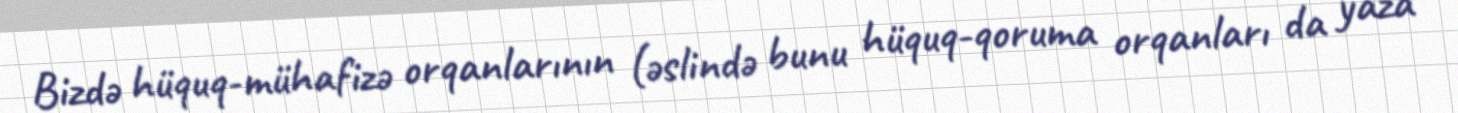
Bizdə hüquq-mühafizə orqanlarının (əslində bunu hüquq-qoruma orqanları da yaza